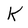
Character: K